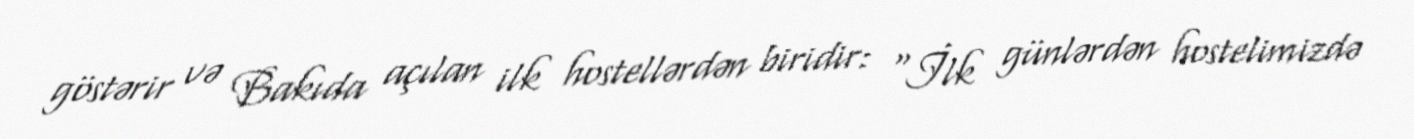
göstərir və Bakıda açılan ilk hostellərdən biridir: “İlk günlərdən hostelimizdə